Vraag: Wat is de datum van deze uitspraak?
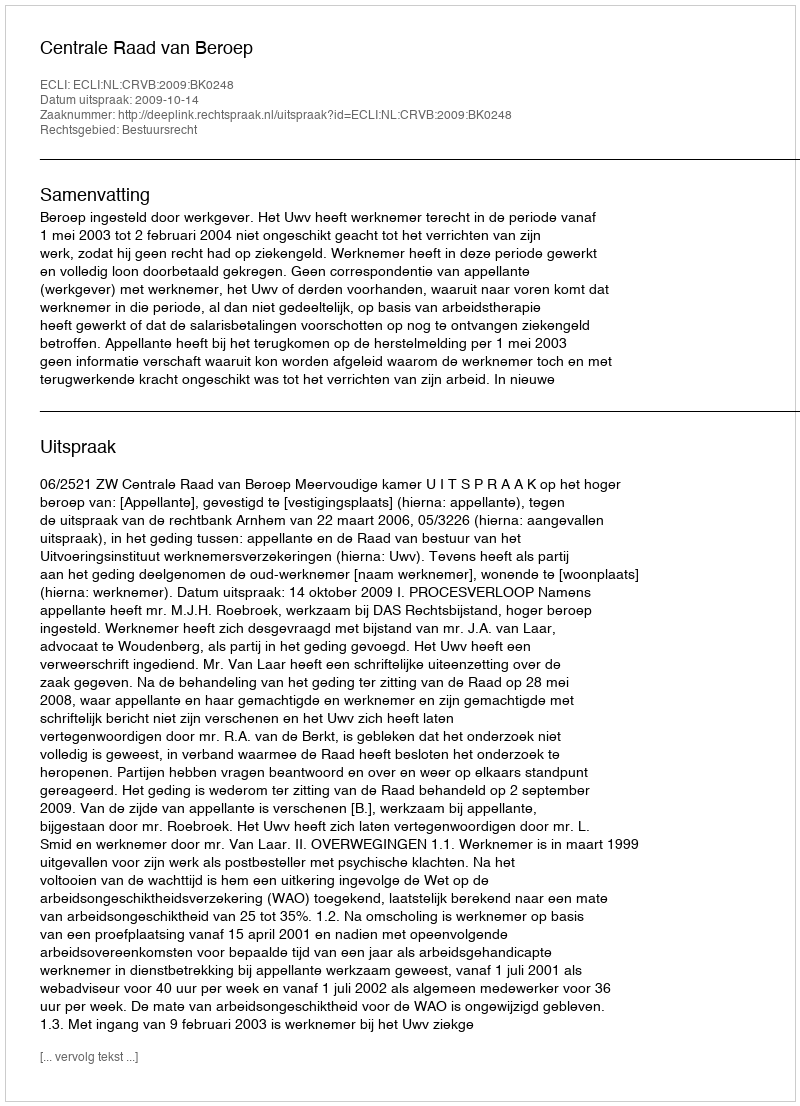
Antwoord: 2009-10-14